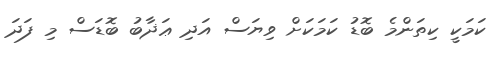
ކަމަކީ ކިތަންމެ ބޮޑު ކަމަކަށް ވިޔަސް އަދި ޢަޛާބު ބޮޑަސް މި ފަދަ